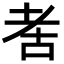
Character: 𬚋